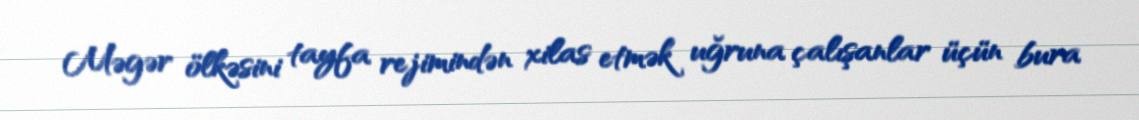
Məgər ölkəsini tayfa rejimindən xilas etmək uğruna çalışanlar üçün bura